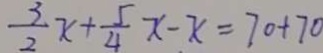
\frac { 3 } { 2 } x + \frac { 5 } { 4 } x - x = 7 0 + 7 0